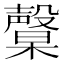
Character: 𣫙